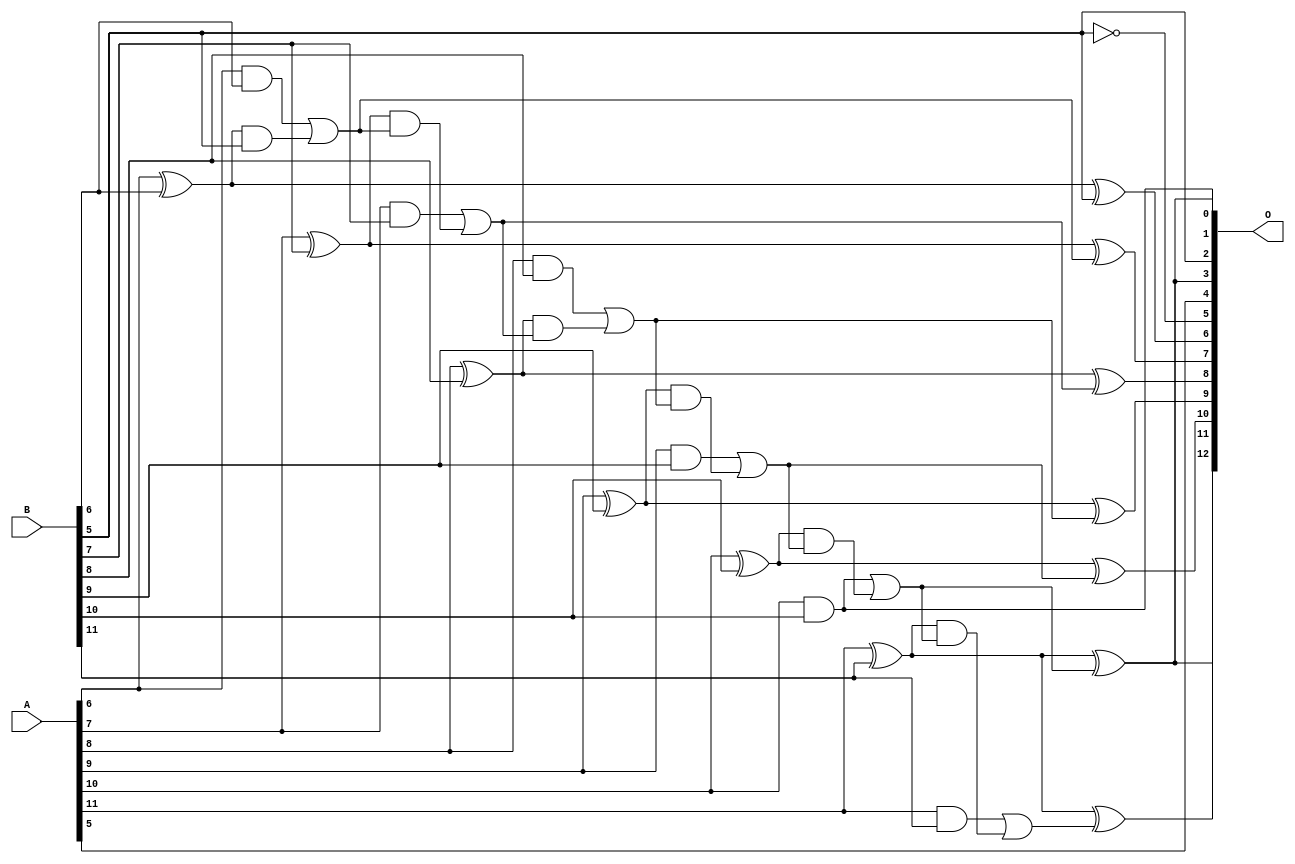
/***
* This code is a part of EvoApproxLib library (ehw.fit.vutbr.cz/approxlib) distributed under The MIT License.
* When used, please cite the following article(s): V. Mrazek, L. Sekanina, Z. Vasicek "Libraries of Approximate Circuits: Automated Design and Application in CNN Accelerators" IEEE Journal on Emerging and Selected Topics in Circuits and Systems, Vol 10, No 4, 2020 
* This file contains a circuit from a sub-set of pareto optimal circuits with respect to the pwr and mre parameters
***/
// MAE% = 0.32 %
// MAE = 13 
// WCE% = 1.15 %
// WCE = 47 
// WCRE% = 3300.00 %
// EP% = 97.66 %
// MRE% = 4.19 %
// MSE = 260 
// PDK45_PWR = 0.028 mW
// PDK45_AREA = 61.5 um2
// PDK45_DELAY = 0.51 ns

module add12se_585 (
    A,
    B,
    O
);

input [11:0] A;
input [11:0] B;
output [12:0] O;

wire sig_49,sig_51,sig_52,sig_53,sig_54,sig_55,sig_56,sig_57,sig_58,sig_59,sig_60,sig_61,sig_62,sig_63,sig_64,sig_65,sig_66,sig_67,sig_68,sig_69;
wire sig_70,sig_71,sig_72,sig_73,sig_74,sig_75,sig_76,sig_77,sig_78,sig_79,sig_80,sig_81,sig_82;

assign sig_49 = ~B[5];
assign sig_51 = A[6] ^ B[6];
assign sig_52 = A[6] & B[6];
assign sig_53 = sig_51 & B[5];
assign sig_54 = sig_51 ^ B[5];
assign sig_55 = sig_52 | sig_53;
assign sig_56 = A[7] ^ B[7];
assign sig_57 = A[7] & B[7];
assign sig_58 = sig_56 & sig_55;
assign sig_59 = sig_56 ^ sig_55;
assign sig_60 = sig_57 | sig_58;
assign sig_61 = A[8] ^ B[8];
assign sig_62 = A[8] & B[8];
assign sig_63 = sig_61 & sig_60;
assign sig_64 = sig_61 ^ sig_60;
assign sig_65 = sig_62 | sig_63;
assign sig_66 = A[9] ^ B[9];
assign sig_67 = A[9] & B[9];
assign sig_68 = sig_66 & sig_65;
assign sig_69 = sig_66 ^ sig_65;
assign sig_70 = sig_67 | sig_68;
assign sig_71 = A[10] ^ B[10];
assign sig_72 = A[10] & B[10];
assign sig_73 = sig_71 & sig_70;
assign sig_74 = sig_71 ^ sig_70;
assign sig_75 = sig_72 | sig_73;
assign sig_76 = A[11] ^ B[11];
assign sig_77 = A[11] & B[11];
assign sig_78 = sig_76 & sig_75;
assign sig_79 = sig_76 ^ sig_75;
assign sig_80 = sig_77 | sig_78;
assign sig_81 = A[11] ^ B[11];
assign sig_82 = sig_81 ^ sig_80;

assign O[12] = sig_82;
assign O[11] = sig_79;
assign O[10] = sig_74;
assign O[9] = sig_69;
assign O[8] = sig_64;
assign O[7] = sig_59;
assign O[6] = sig_54;
assign O[5] = sig_49;
assign O[4] = A[5];
assign O[3] = sig_79;
assign O[2] = B[5];
assign O[1] = sig_72;
assign O[0] = sig_79;

endmodule